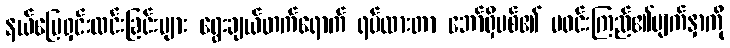
နယ်မြေရှင်းလင်းခြင်းများ ရွေးချယ်တက်ရောက် ရပ်ထားတာ ဘော်ရှီဗစ်၏ မဝင်းကြည်၏မျက်နှာကို